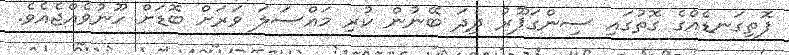
ފޮތިގަނޑެއްގެ ގޮތުގައި ސިންގަޕޫރު ދިދަ ބޭނުން ކުރި މައްސަލަ ވަރަށް ބޮޑަށް ހޫނުވެއްޖެއެވެ.